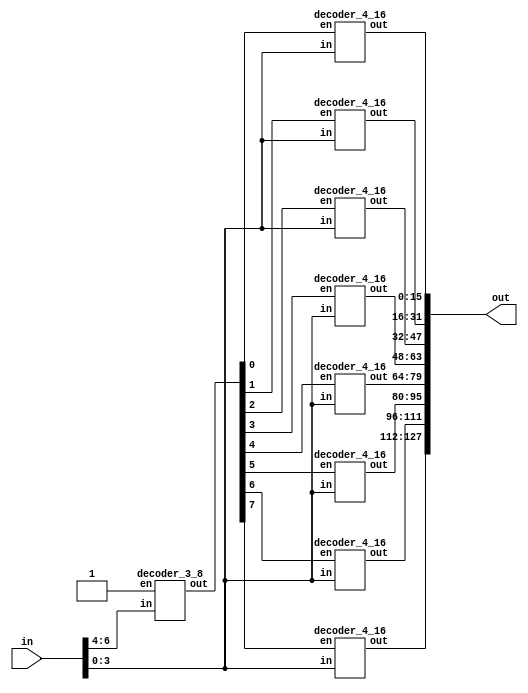
module decoder_7_128(in, out);
    input[6:0] in;
    output[127:0] out;
    
    wire[7:0] enLine;
    
    decoder_3_8 first(.in(in[6:4]), .out(enLine), .en(1'b1));
    
    decoder_4_16 last[7:0](.in(in[3:0]), .en(enLine[7:0]), .out(out));
    
endmodule

module decoder_3_8(in, en, out);
    input en;
	input [2:0] in;
	output [7:0] out;
    
    wire [7:0] tempOut;

	assign tempOut[7] = in[2] & in[1] & in[0];
	assign tempOut[6] = in[2] & in[1] & ~in[0];
	assign tempOut[5] = in[2] & ~in[1] & in[0];
	assign tempOut[4] = in[2] & ~in[1] & ~in[0];
	assign tempOut[3] = ~in[2] & in[1] & in[0];
	assign tempOut[2] = ~in[2] & in[1] & ~in[0];
	assign tempOut[1] = ~in[2] & ~in[1] & in[0];
	assign tempOut[0] = ~in[2] & ~in[1] & ~in[0];
    
    assign out = en ? tempOut : 8'h00;

endmodule

module decoder_4_16(in, en, out);
    input en;
	input [3:0] in;
	output [15:0] out;
    
    wire[15:0] tempOut;

	assign tempOut[15] = in[3] & in[2] & in[1] & in[0];
	assign tempOut[14] = in[3] & in[2] & in[1] & ~in[0];
	assign tempOut[13] = in[3] & in[2] & ~in[1] & in[0];
	assign tempOut[12] = in[3] & in[2] & ~in[1] & ~in[0];
	assign tempOut[11] = in[3] & ~in[2] & in[1] & in[0];
	assign tempOut[10] = in[3] & ~in[2] & in[1] & ~in[0];
	assign tempOut[9] = in[3] & ~in[2] & ~in[1] & in[0];
	assign tempOut[8] = in[3] & ~in[2] & ~in[1] & ~in[0];
	assign tempOut[7] = ~in[3] & in[2] & in[1] & in[0];
	assign tempOut[6] = ~in[3] & in[2] & in[1] & ~in[0];
	assign tempOut[5] = ~in[3] & in[2] & ~in[1] & in[0];
	assign tempOut[4] = ~in[3] & in[2] & ~in[1] & ~in[0];
	assign tempOut[3] = ~in[3] & ~in[2] & in[1] & in[0];
	assign tempOut[2] = ~in[3] & ~in[2] & in[1] & ~in[0];
	assign tempOut[1] = ~in[3] & ~in[2] & ~in[1] & in[0];
	assign tempOut[0] = ~in[3] & ~in[2] & ~in[1] & ~in[0];
    
    assign out = en ? tempOut : 16'h0000;
    

endmodule

module decoder_6_64(in, out);
    input[5:0] in;
    output[63:0] out;
    
    wire[7:0] enLine;
    
    decoder_3_8 first(.in(in[5:3]), .out(enLine), .en(1'b1));
    
    decoder_3_8 last[7:0](.in(in[2:0]), .en(enLine[7:0]), .out(out));
    
endmodule